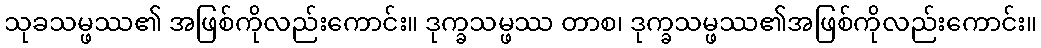
သုခသမ္ဖဿ၏ အဖြစ်ကိုလည်းကောင်း။ ဒုက္ခသမ္ဖဿ တာစ၊ ဒုက္ခသမ္ဖဿ၏အဖြစ်ကိုလည်းကောင်း။